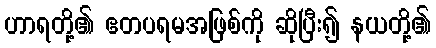
ဟာရတို့၏ ဧတပရမအဖြစ်ကို ဆိုပြီး၍ နယတို့၏